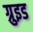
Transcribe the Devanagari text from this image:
ग्रुइड